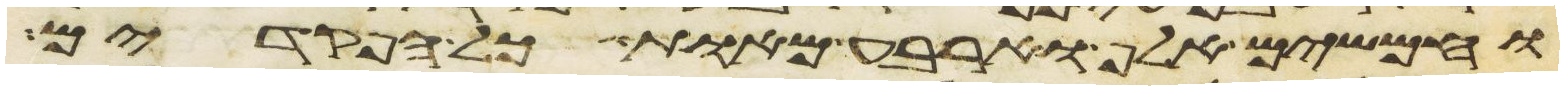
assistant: וחמשים אלף וארבע מאות כל הפקדים